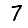
Digit: 7